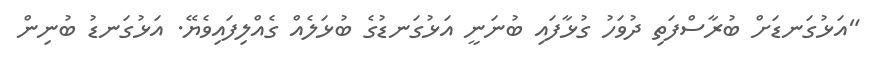
"އަޅުގަނޑަށް ބުރާސްފަތި ދުވަހު ގުޅާފައި ބުނަނީ އަޅުގަނޑުގެ ބުޅަލެއް ގެއްލިފައިވެޔޭ. އަޅުގަނޑު ބުނިން